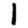
Digit: 1